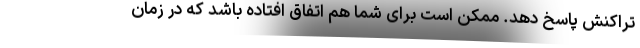
تراکنش پاسخ دهد. ممکن است برای شما هم اتفاق افتاده باشد که در زمان